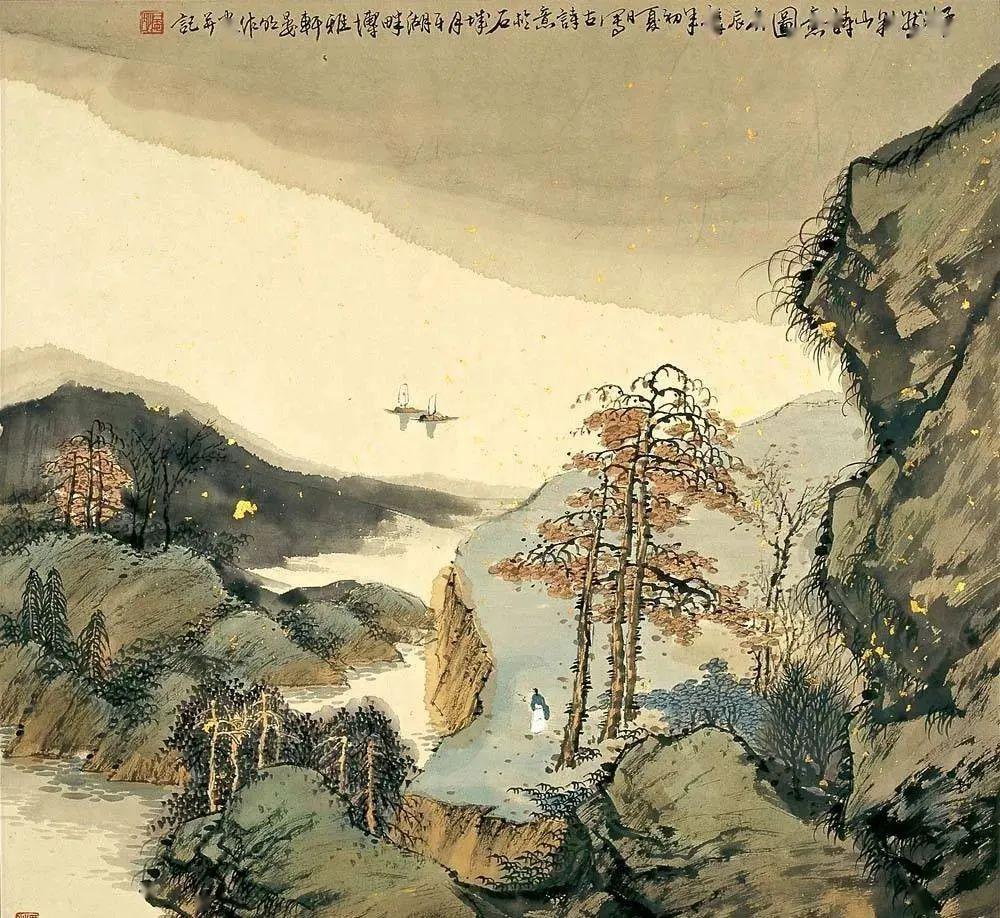
仓禀无宿储，徭役犹未已。